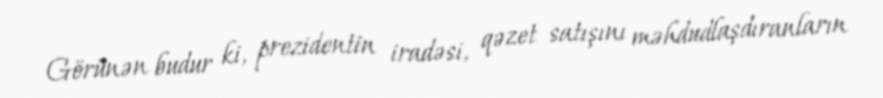
Görünən budur ki, prezidentin iradəsi, qəzet satışını məhdudlaşdıranların